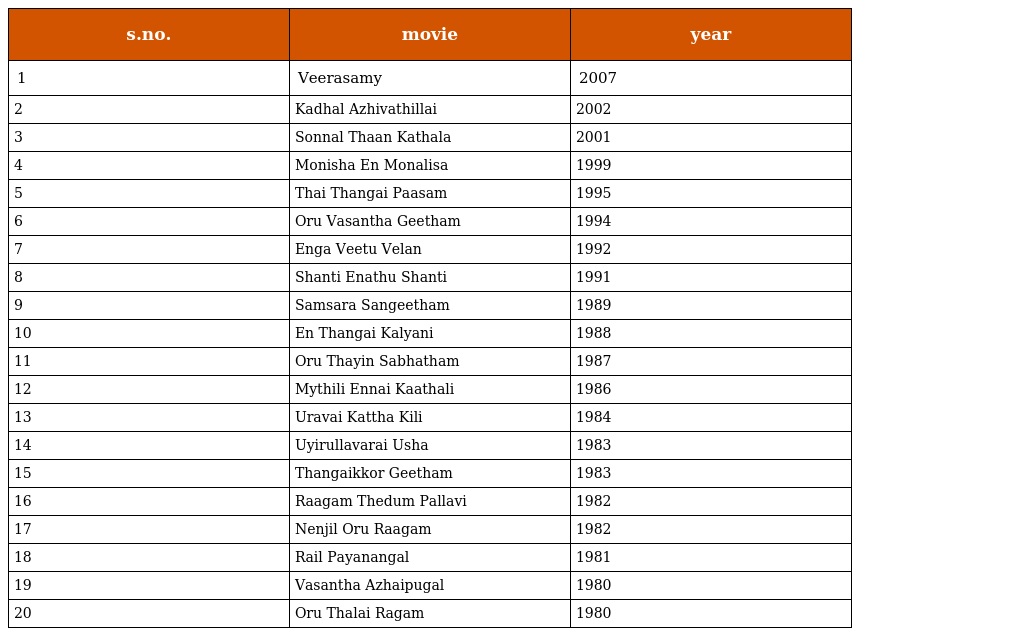
| s.no. | movie | year |
 | --- | --- | --- |
 | 1 | Veerasamy | 2007 |
 | 2 | Kadhal Azhivathillai | 2002 |
 | 3 | Sonnal Thaan Kathala | 2001 |
 | 4 | Monisha En Monalisa | 1999 |
 | 5 | Thai Thangai Paasam | 1995 |
 | 6 | Oru Vasantha Geetham | 1994 |
 | 7 | Enga Veetu Velan | 1992 |
 | 8 | Shanti Enathu Shanti | 1991 |
 | 9 | Samsara Sangeetham | 1989 |
 | 10 | En Thangai Kalyani | 1988 |
 | 11 | Oru Thayin Sabhatham | 1987 |
 | 12 | Mythili Ennai Kaathali | 1986 |
 | 13 | Uravai Kattha Kili | 1984 |
 | 14 | Uyirullavarai Usha | 1983 |
 | 15 | Thangaikkor Geetham | 1983 |
 | 16 | Raagam Thedum Pallavi | 1982 |
 | 17 | Nenjil Oru Raagam | 1982 |
 | 18 | Rail Payanangal | 1981 |
 | 19 | Vasantha Azhaipugal | 1980 |
 | 20 | Oru Thalai Ragam | 1980 |